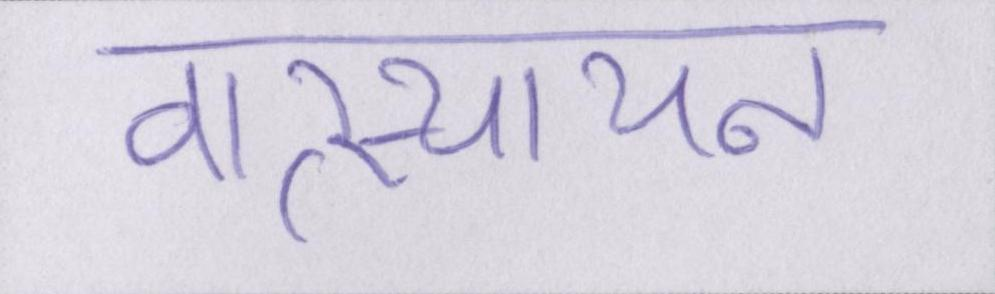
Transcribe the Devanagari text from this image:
वात्स्यायन